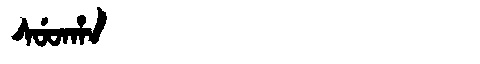
Manchu: ᠰᡠᡨᡥᠠ
Romanization: SUTHA